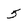
Character: 5